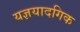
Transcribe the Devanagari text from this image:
यज्ञयादगिक